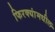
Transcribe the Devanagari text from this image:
फिरक्यांमधील